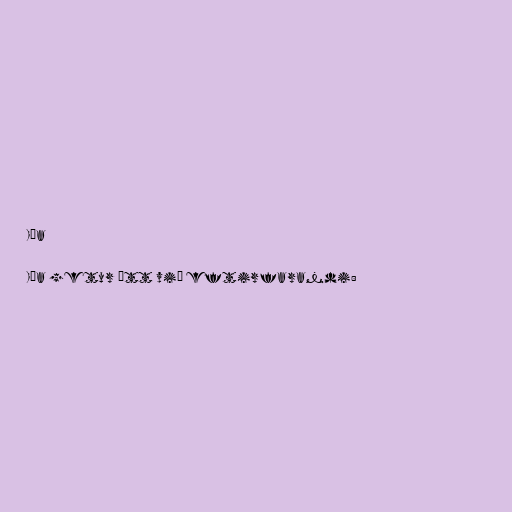
Iða

Iða getur átt við eftirfarandi: